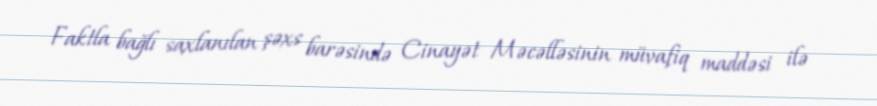
Faktla bağlı saxlanılan şəxs barəsində Cinayət Məcəlləsinin müvafiq maddəsi ilə